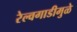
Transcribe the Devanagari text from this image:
रेल्वगाडीमुळे